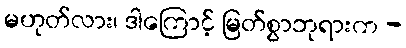
မဟုတ်လား၊ ဒါကြောင့် မြတ်စွာဘုရားက -